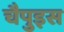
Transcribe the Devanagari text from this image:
चैपुइस